Report of the Municipal Commissioner on the plague in Bombay for the year ending 31st May... - Volume 1
Disease focus: Plague
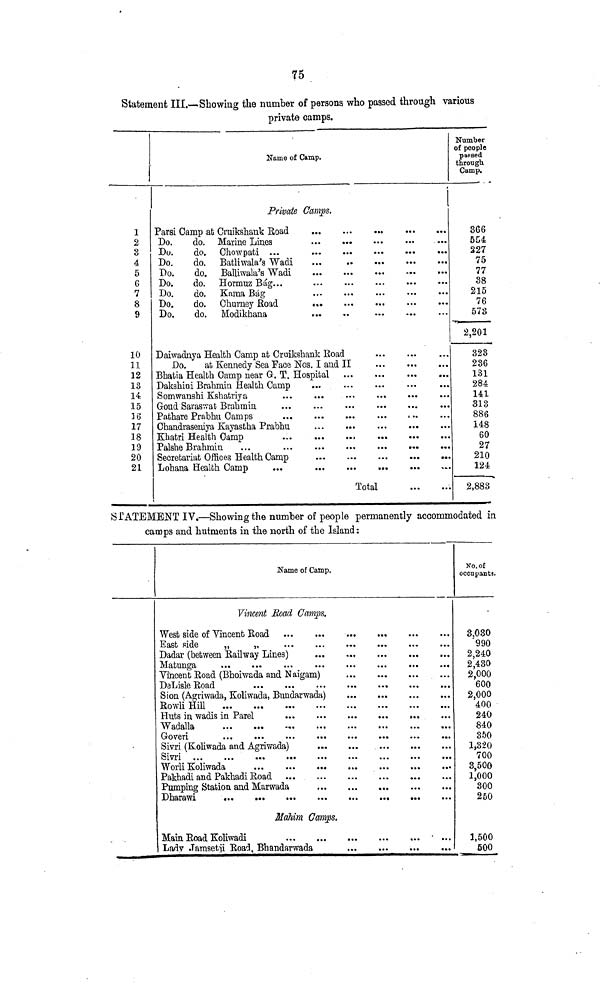
75
Statement III.—Showing the number of persona who passed through various
private camps.
1
2
3
4
5
6
7
8
9
10
11
12
13
14
15
16
17
18
19
20
21
Name of Camp.
Private Gamps.
Parsi Camp at Cruikshank Road
...
Do.
do. Marine Lines
Do.
do. Hormuz Bág...
Do.
do. Churney.Road
Do.
do. Modikhana
...
..
Daiwadnya Health Camp at Cruikshank Road
Do.
at Kennedy Sea Face Nos. I and II
Bhatia Health Camp near G-. T. Hospital
Dakshini Brahmin Health Camp
...
Somwanshi Kshatriya
...
...
Goud Sarasvrafc Brahmin
...
Pathare Prabhu Camps
Chandraseniya Kayastha Prabhu
Khatri Health Camp
...
...
...
Lohana Health Camp
...
Total
Number
of people
parsed
through
Gamp.
366
554
227
75
77
38
215
76
573
2,201
323
236
131
284
141
313
886
148
60
27
210
124
2,883
STATEMENT IV.—Showin g the number of people permanently accommodated in
camps and hutments in the north of the Island :
Name of Camp.
Vincent Road Camps,
West side of Vincent Road
Dadar (between Railway Lines)
Matunga
Vincent Road (Bhoiwada and Naigam)
S ion (Agriwada, Koliwada, Bundarwada)
Rowli Hill
Huts in wadis in Pare!
,.,
Wadalla
Sivri (Koliwada and Agriwada)
Sivri
Worli Koliwada
Pakhadi and Pakhadi Eoad
Pumping Station, and Marwada
Mahim Camps.
Main Road Koliwadi
Lady Jamsetji Road, Bhandarwada
NO. Of
occupants.
3,030
990
2,240
2,430
2,000
600
2,000
400
240
840
350
1,320
700
3,500
1,000
300
250
1,500
500